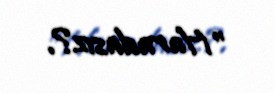
"Haradasız?.